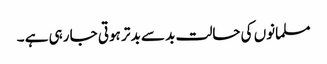
مسلمانوں کی حالت بد سے بد تر ہوتی جا رہی ہے ۔